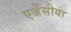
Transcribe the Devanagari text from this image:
एजेंसीया